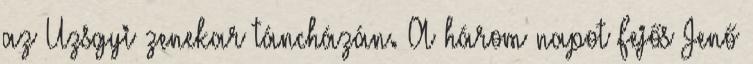
az Uzsgyi zenekar táncházán. A három napot Fejős Jenő